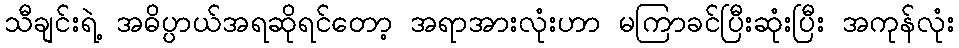
သီချင်းရဲ့ အဓိပ္ပာယ်အရဆိုရင်တော့ အရာအားလုံးဟာ မကြာခင်ပြီးဆုံးပြီး အကုန်လုံး